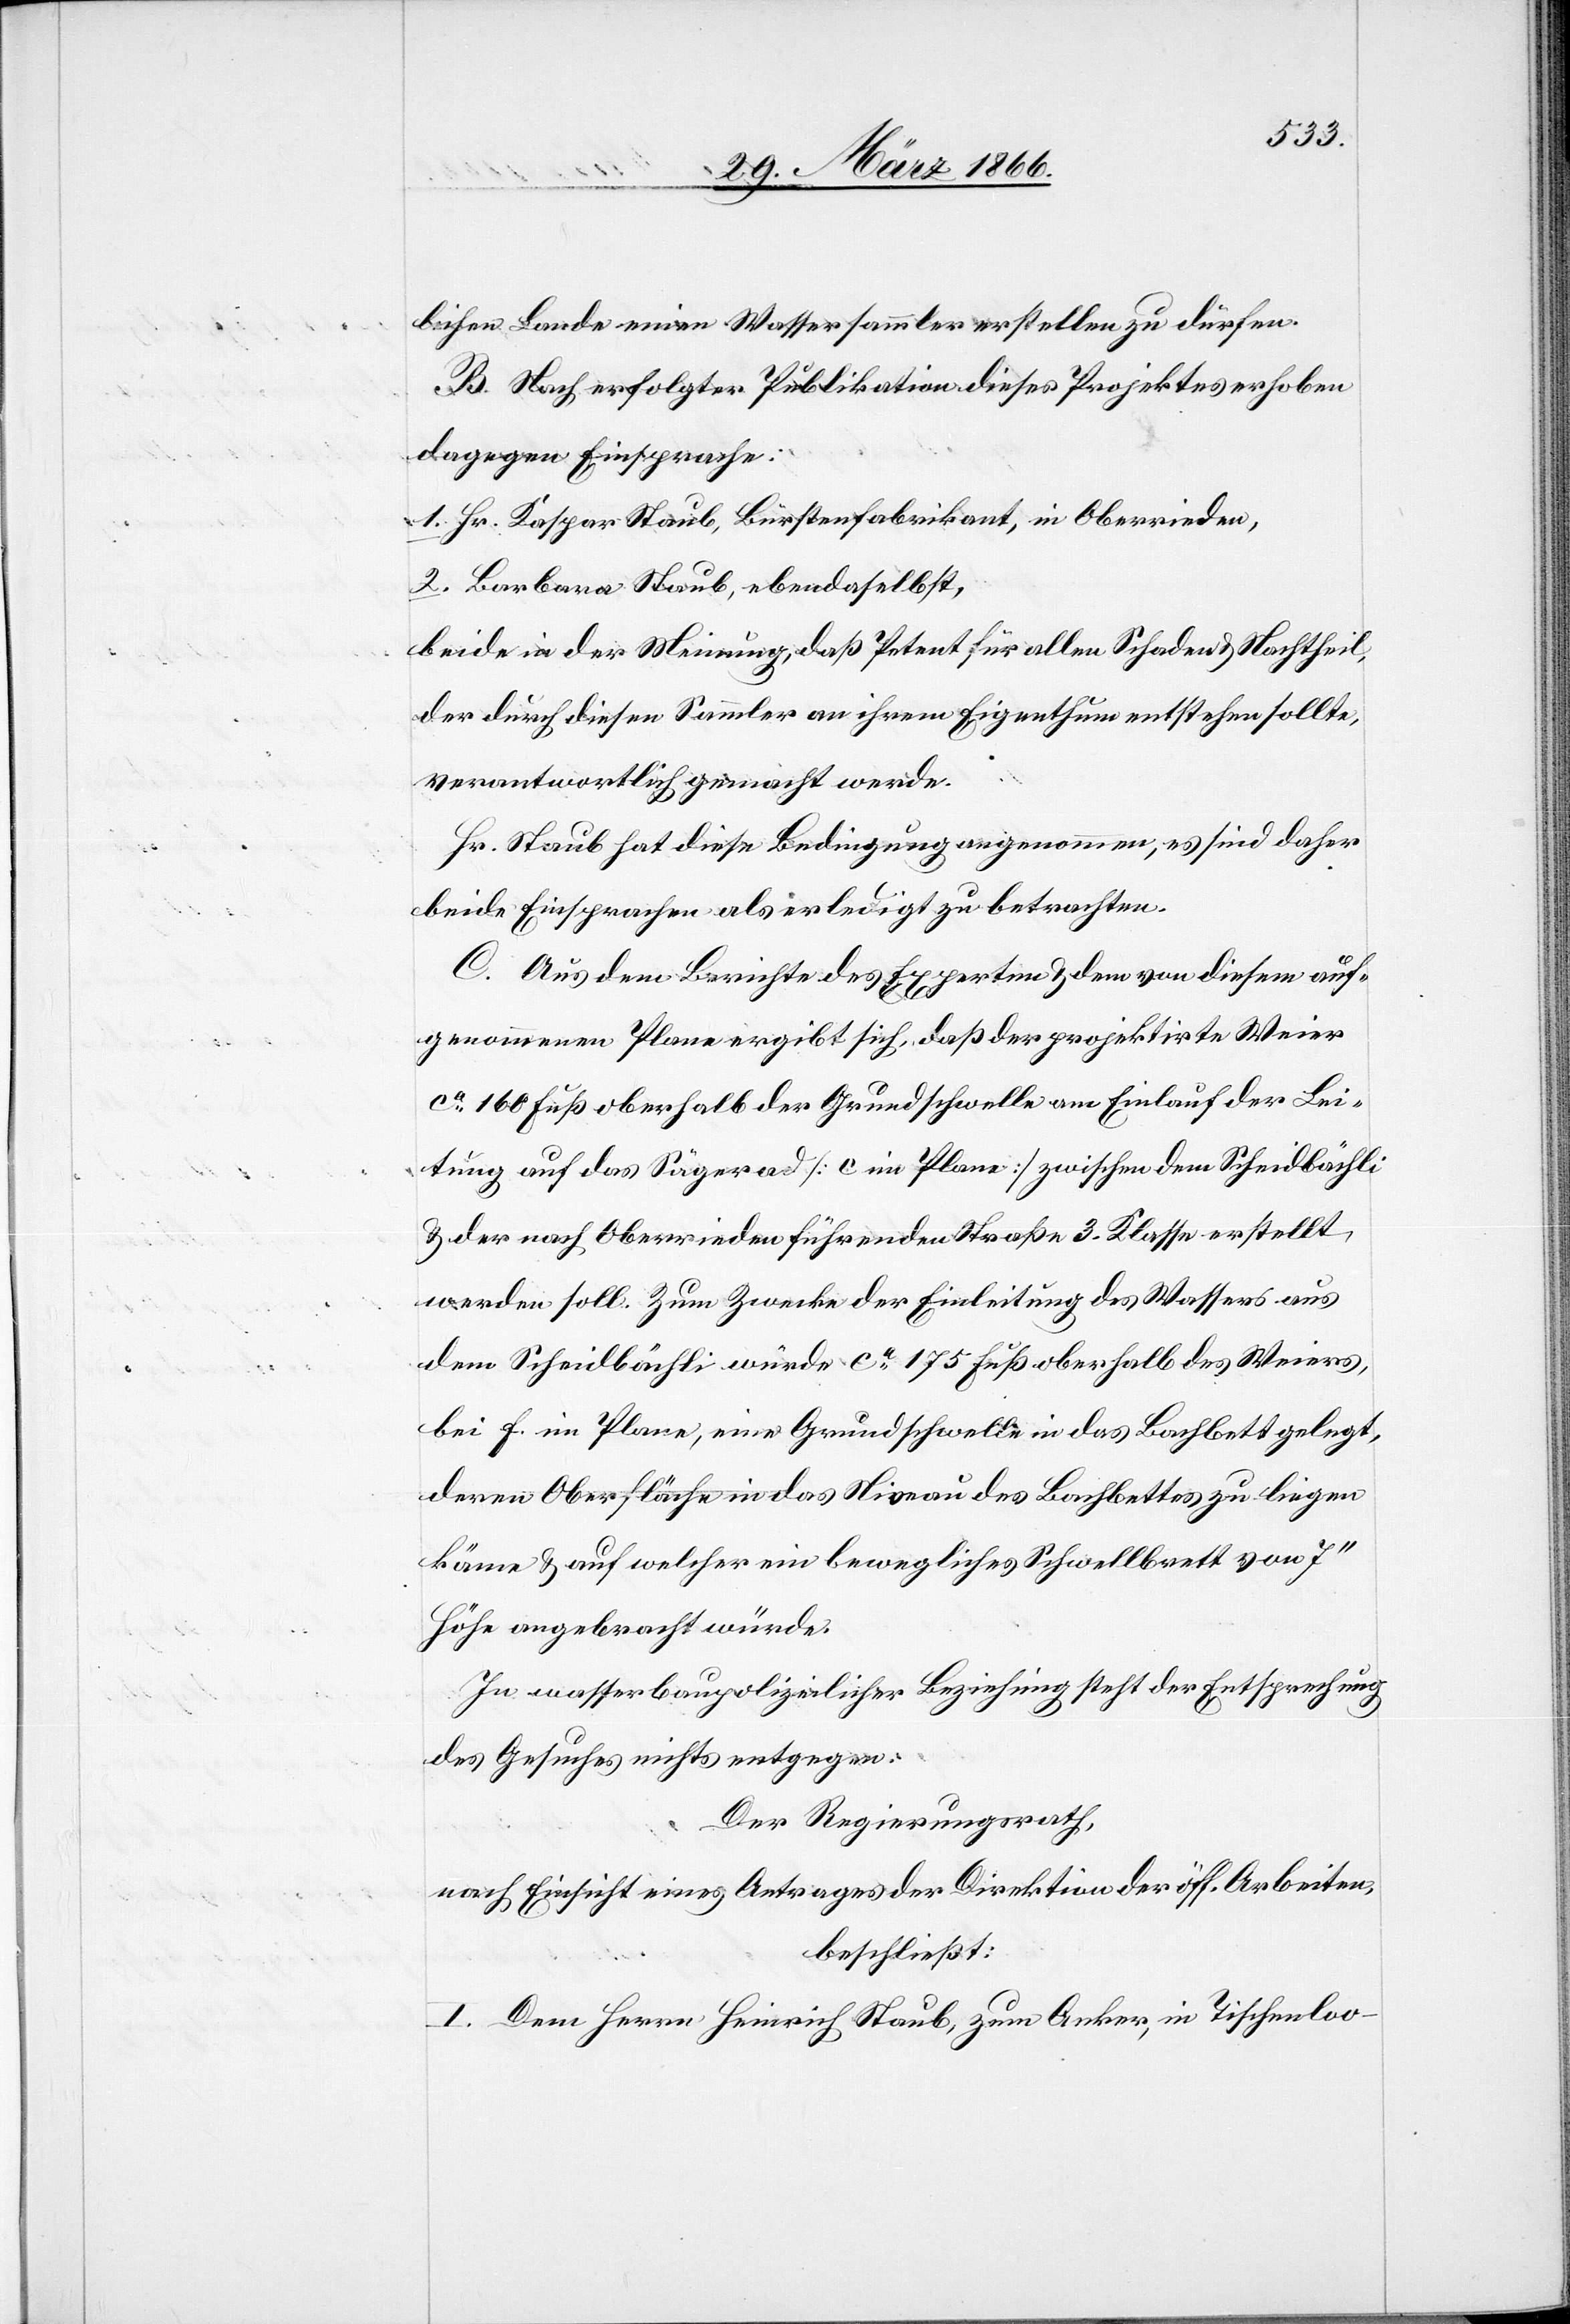
lichen Lande einen Wassersammler erstellen zu dürfen.
B. Nach erfolgter Publikation dieses Projektes erhoben
dagegen Einsprache:
1. Hr. Kaspar Staub, Bürstenfabrikant, in Oberrieden,
2. Barbara Staub, ebendaselbst,
beide in der Meinung, daß Petent für allen Schaden u. Nachtheil
der durch diesen Sammler in ihrem Eigenthum entstehen sollte,
verantwortlich gemacht werde.
Hr. Staub hat diese Bedingung angenommen, es sind daher
beide Einsprachen als erledigt zu betrachten.
C. Aus dem Berichte des Experten u. dem von diesem auf¬
genommenen Plane ergibt sich, daß der projektirte Weier
ca. 160 Fuß oberhalb der Grundschwelle am Einlauf der Lei¬
tung auf das Sägerad [c im Plane] zwischen dem Scheidbächli
u. der nach Oberrieden führenden Straße 3. Klasse erstellt
werden soll. Zum Zwecke der Einleitung des Wassers aus
dem Scheidbächli würde ca. 175 Fuß oberhalb des Weiers
bei f. im Plane, eine Grundschwelle in das Bachbett gelegt,
deren Oberfläche in das Niveau des Bachbettes zu liegen
käme u. auf welcher ein bewegliches Schwellbrett von 7‘‘
Höhe angebracht würde.
In wasserbaupolizeilicher Beziehung steht der Entsprechung
des Gesuches nichts entgegen.
Der Regierungsrath,
nach Einsicht eines Antrages der Direktion der öff. Arbeiten,
beschließt:
I. Dem Herrn Heinrich Staub, zum Anker, in Tischenloo-